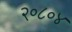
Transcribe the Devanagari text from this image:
२०८०४